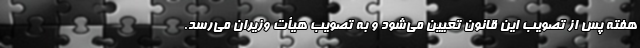
هفته پس از تصویب این قانون تعیین می‌شود و به تصویب هیأت وزیران می‌رسد.